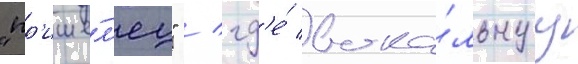
"пр'ише́л'ец" / гд'е́ вока́льнуу